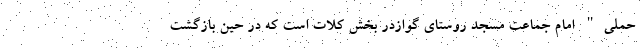
حملی" امام جماعت مسجد روستای گوازدر بخش کلات است که در حین بازگشت